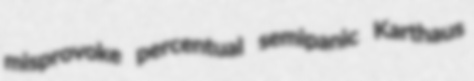
misprovoke percentual semipanic Karthaus